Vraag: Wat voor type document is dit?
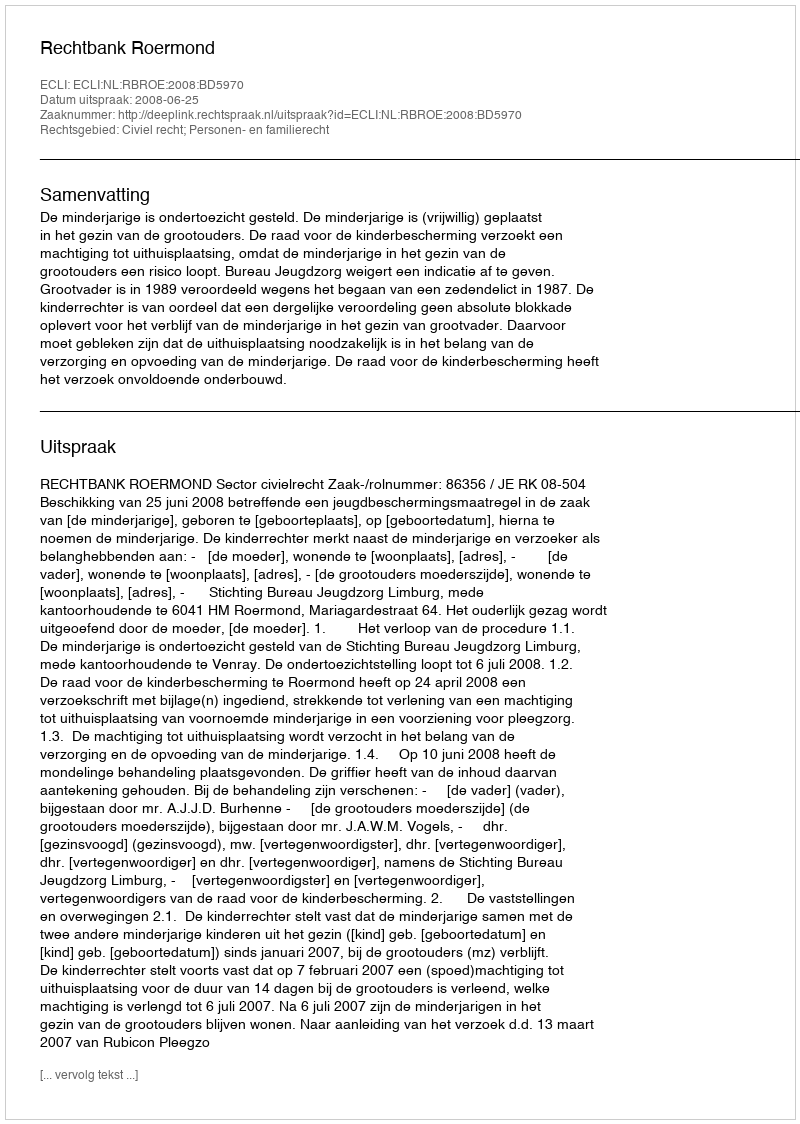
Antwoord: Uitspraak